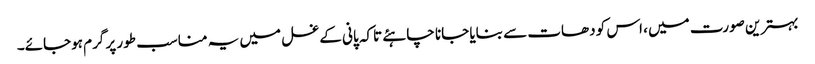
بہترین صورت میں ، اس کو دھات سے بنایا جانا چاہئے تاکہ پانی کے غسل میں یہ مناسب طور پر گرم ہوجائے۔